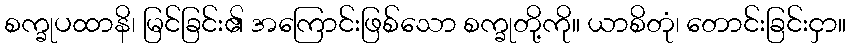
စက္ခုပထာနိ၊ မြင်ခြင်း၏ အကြောင်းဖြစ်သော စက္ခုတို့ကို။ ယာစိတုံ၊ တောင်းခြင်းငှာ။